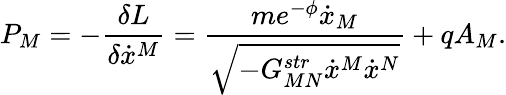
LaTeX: P_{M}=-{\frac{\delta L}{\delta\dot{x}^{M}}}={\frac{me^{-\phi}\dot{x}_{M}}{\sqrt{-G_{MN}^{str}\dot{x}^{M}\dot{x}^{N}}}}+qA_{M}.